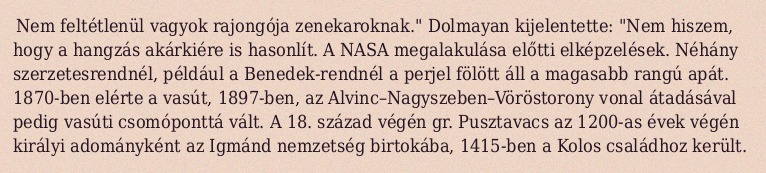
Nem feltétlenül vagyok rajongója zenekaroknak." Dolmayan kijelentette: "Nem hiszem, hogy a hangzás akárkiére is hasonlít. A NASA megalakulása előtti elképzelések. Néhány szerzetesrendnél, például a Benedek-rendnél a perjel fölött áll a magasabb rangú apát. 1870-ben elérte a vasút, 1897-ben, az Alvinc–Nagyszeben–Vöröstorony vonal átadásával pedig vasúti csomóponttá vált. A 18. század végén gr. Pusztavacs az 1200-as évek végén királyi adományként az Igmánd nemzetség birtokába, 1415-ben a Kolos családhoz került.